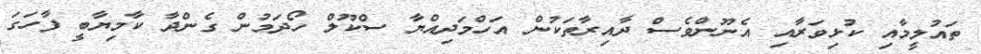
ތައުލީމާއި ކުޅިވަރާއި އެނޫންވެސް ދާއިިރާތަކުން އަހްމަދިއްޔާ ސްކޫލް ހޯދަމުން ގެންދާ ކާމިޔާބީ ފާހަގަ